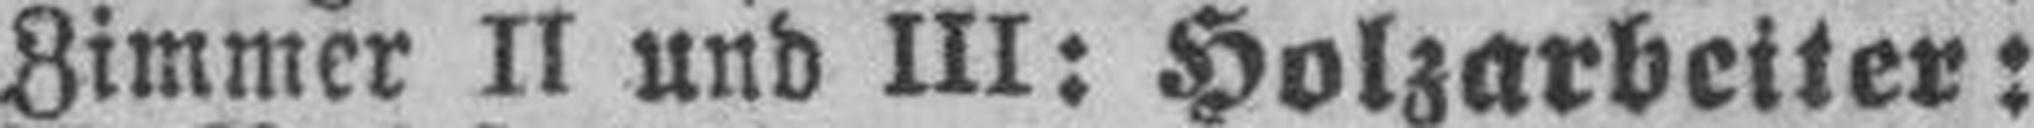
Zimmer II und III: Holzarbeiter: